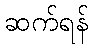
ဆက်ရန်